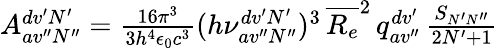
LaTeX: \begin{array}{r}{A_{av^{\prime\prime}N^{\prime\prime}}^{dv^{\prime}N^{\prime}}=\frac{16\pi^{3}}{3h^{4}\epsilon_{0}c^{3}}(h\nu_{av^{\prime\prime}N^{\prime\prime}}^{dv^{\prime}N^{\prime}})^{3}\, \overline{{R_{e}}}^{2}\, q_{av^{\prime\prime}}^{dv^{\prime}}\, \frac{S_{N^{\prime}N^{\prime\prime}}}{2N^{\prime}+1}}\end{array}